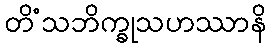
တိံသဘိက္ခုသဟဿာနိ